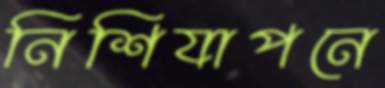
নিশিযাপনে